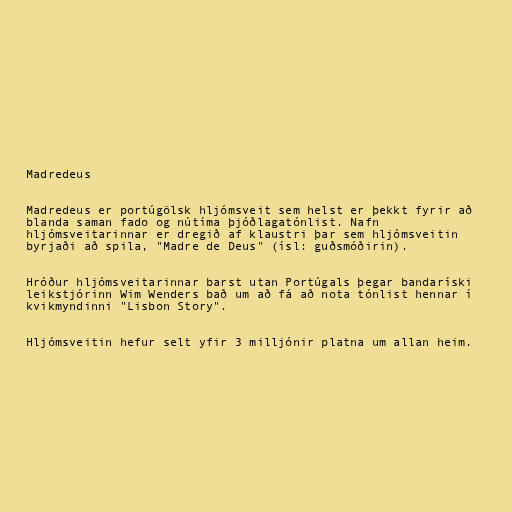
Madredeus

Madredeus er portúgölsk hljómsveit sem helst er þekkt fyrir að
blanda saman fado og nútíma þjóðlagatónlist. Nafn
hljómsveitarinnar er dregið af klaustri þar sem hljómsveitin
byrjaði að spila, "Madre de Deus" (ísl: guðsmóðirin).

Hróður hljómsveitarinnar barst utan Portúgals þegar bandaríski
leikstjórinn Wim Wenders bað um að fá að nota tónlist hennar í
kvikmyndinni "Lisbon Story".

Hljómsveitin hefur selt yfir 3 milljónir platna um allan heim.